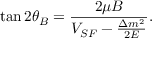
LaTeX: \tan 2 \theta _ { B } = \frac { 2 \mu B } { V _ { S F } - \frac { \Delta m ^ { 2 } } { 2 E } } .